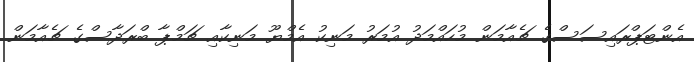
އެންޓަޕްރައިސަސްގެ ޗެއާމަން މުހައްމަދު އުމަރު މަނިކު އެމްޔޫ މަނިކާއި ޗަމްޕާ ބްރަދާސްގެ ޗެއާމަން